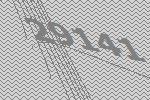
29141